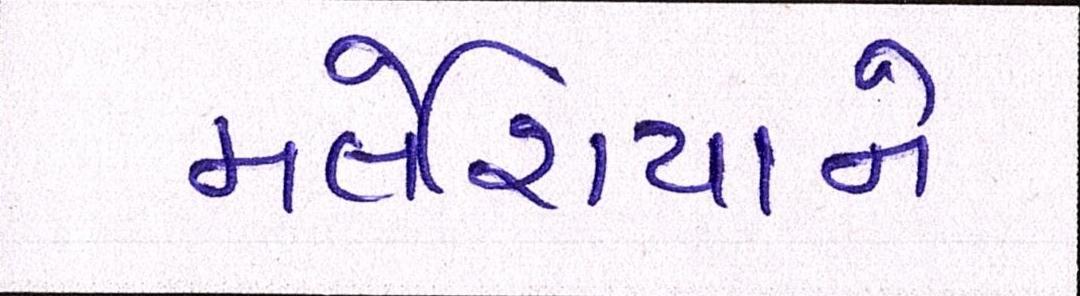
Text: મલેશિયાને